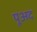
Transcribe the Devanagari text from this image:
पूअद